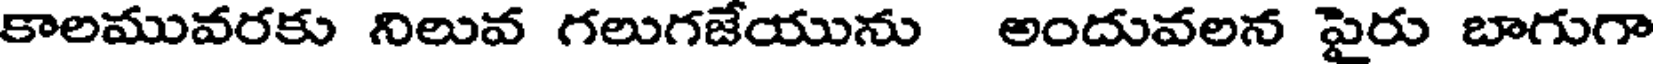
కాలమువరకు నిలువ గలుగజేయును అందువలన పైరు బాగుగా